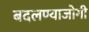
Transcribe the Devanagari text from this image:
बदलण्याजोगी